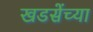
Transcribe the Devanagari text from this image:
खडसेंच्या